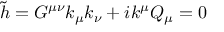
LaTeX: \tilde { h } = G ^ { \mu \nu } k _ { \mu } k _ { \nu } + i k ^ { \mu } Q _ { \mu } = 0